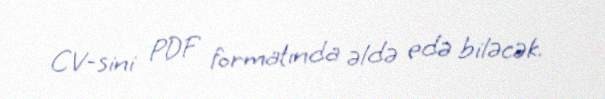
CV-sini PDF formatında əldə edə biləcək.